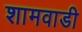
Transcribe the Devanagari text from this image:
शामवाडी